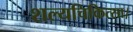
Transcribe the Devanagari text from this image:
शल्यचिकित्सा।